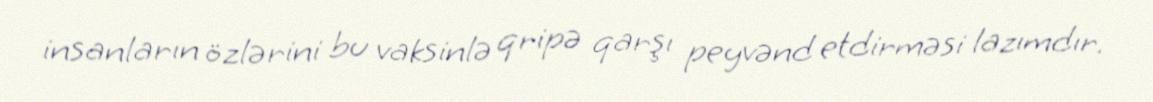
insanların özlərini bu vaksinlə qripə qarşı peyvənd etdirməsi lazımdır.